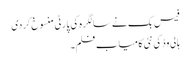
فیس بک نے سالگرہ کی پارٹی منسوخ کردی
ہالی وڈ کی نئی کامیاب فلم۔